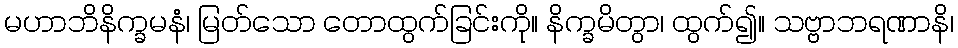
မဟာဘိနိက္ခမနံ၊ မြတ်သော တောထွက်ခြင်းကို။ နိက္ခမိတွာ၊ ထွက်၍။ သဗ္ဗာဘရဏာနိ၊